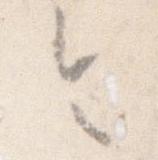
令